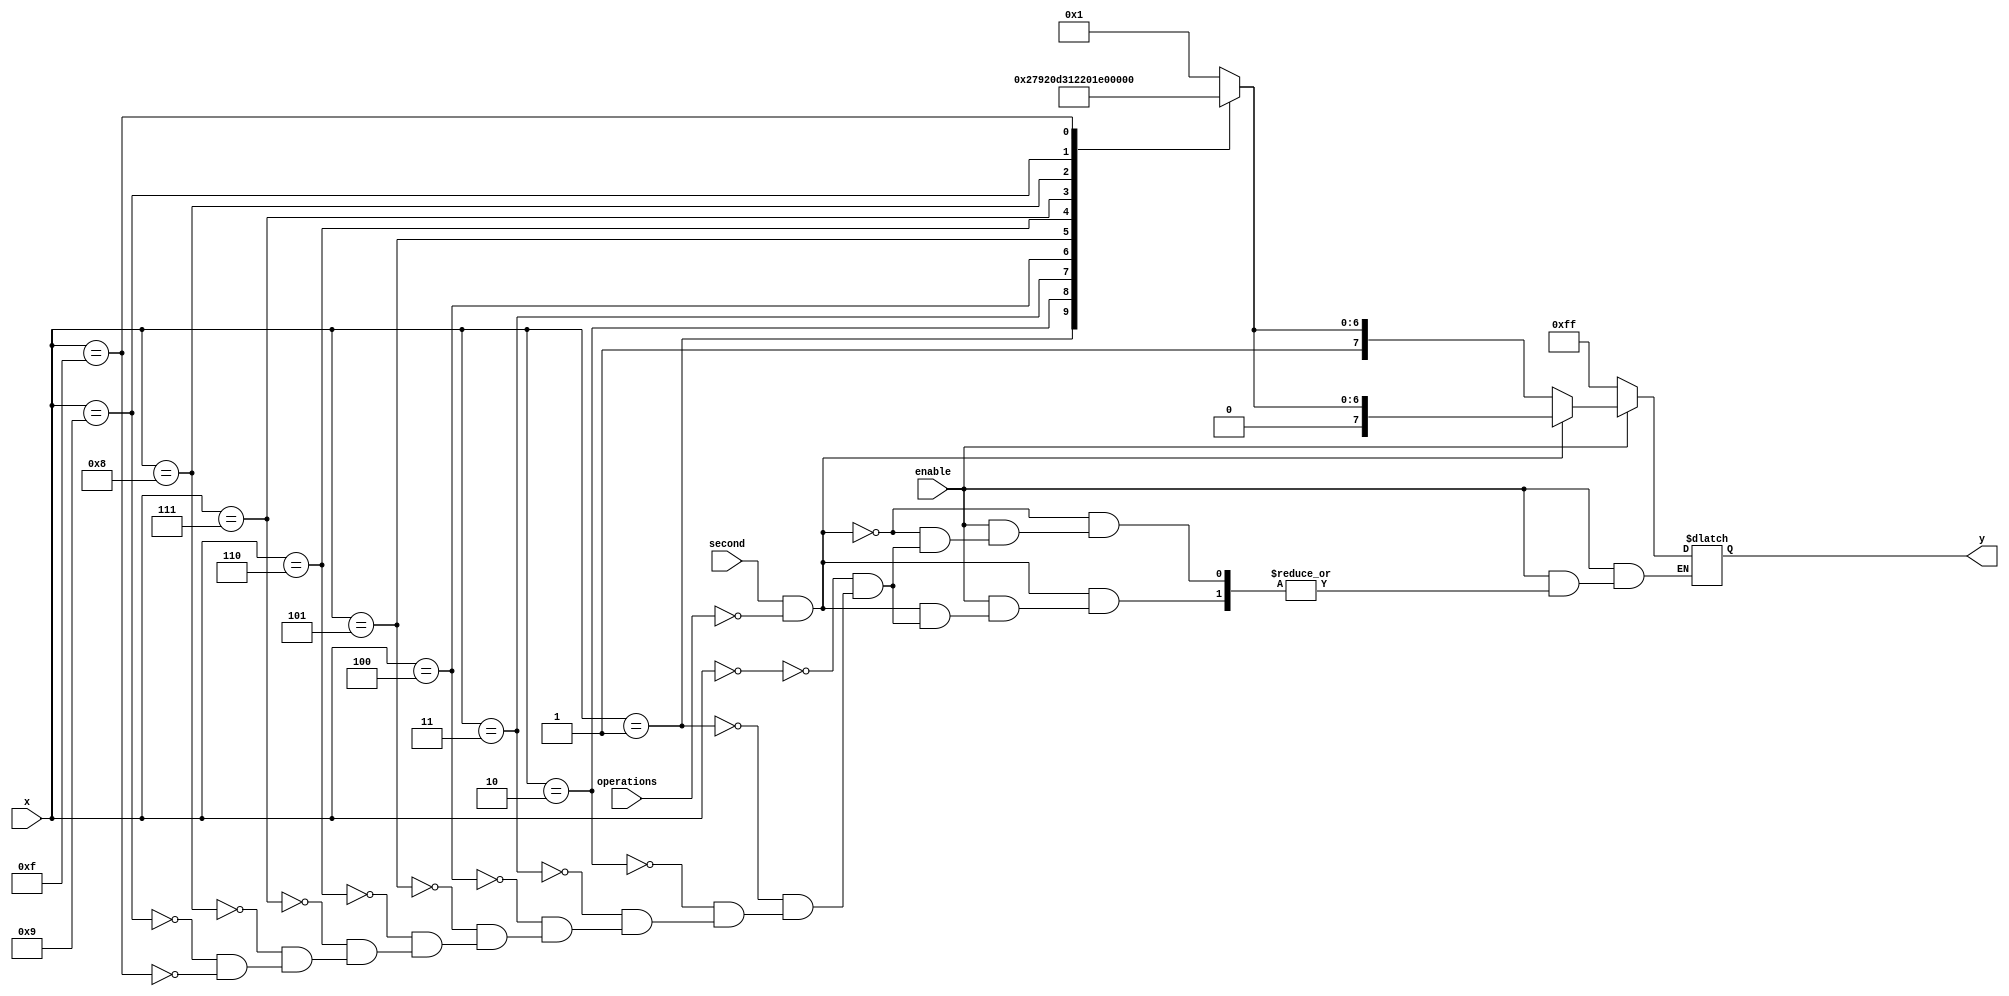
`timescale 1ns / 1ps
//////////////////////////////////////////////////////////////////////////////////
// Company: 
// Engineer: 
// 
// Design Name: 
// Module Name: bcd
// Project Name: 
// Target Devices: 
// Tool Versions: 
// Description: 
// 
// Dependencies: 
// 
// Revision:
// Revision 0.01 - File Created
// Additional Comments:
// 
//////////////////////////////////////////////////////////////////////////////////


module sdcc (operations,second,x, enable , y);
input [3:0] x;
input operations,second;
//input [1:0] select ;
input enable ;
output reg [7:0] y;
//output reg [3:0] enableOut ;
 always @(x, enable ) begin
 if( enable )begin
 if(second==1&&operations==0) begin
 case (x)
4'b0000 : y = 8'b00000_001 ;
4'b0001 : y = 8'b01001_111 ;
4'b0010 : y = 8'b00010_010 ;
4'b0011 : y = 8'b00000_110 ;
4'b0100 : y = 8'b01001_100 ;
4'b0101 : y = 8'b00100_100 ;
4'b0110 : y = 8'b00100_000 ;
4'b0111 : y = 8'b00001_111 ;
4'b1000 : y = 8'b00000_000 ;
4'b1001 : y = 8'b00000_100 ;
4'b1111 : y=  8'b01111_110 ;

endcase
end
else begin
 case (x)
4'b0000 : y = 8'b10000_001 ;
4'b0001 : y = 8'b11001_111 ;
4'b0010 : y = 8'b10010_010 ;
4'b0011 : y = 8'b10000_110 ;
4'b0100 : y = 8'b11001_100 ;
4'b0101 : y = 8'b10100_100 ;
4'b0110 : y = 8'b10100_000 ;
4'b0111 : y = 8'b10001_111 ;
4'b1000 : y = 8'b10000_000 ;
4'b1001 : y = 8'b10000_100 ;
4'b1111 : y=  8'b11111_110 ;

endcase


end
end
else
y = 8'b1111_1111 ;
end
//always @(enableOut) begin
//case (select)  
//2'b00 : enableOut = 4'b0111;
//2'b01 : enableOut = 4'b1011;
//2'b10 : enableOut = 4'b1101;
//2'b11 : enableOut = 4'b1110;
//default :  enableOut = 4'b1111;
//endcase
//end
endmodule